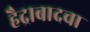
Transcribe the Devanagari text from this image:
हैद्राबादचा